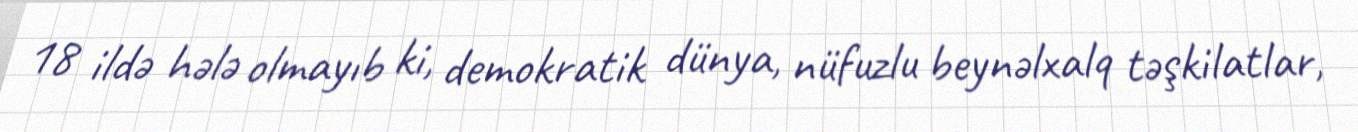
18 ildə hələ olmayıb ki, demokratik dünya, nüfuzlu beynəlxalq təşkilatlar,